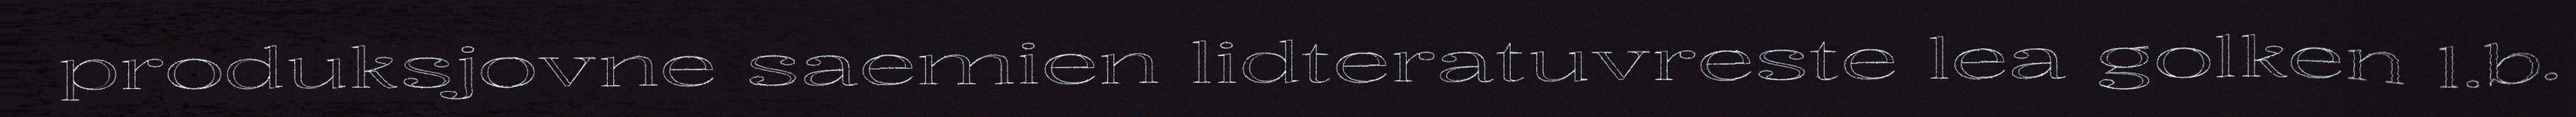
produksjovne saemien lidteratuvreste lea golken 1.b.